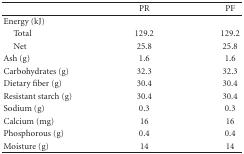
|  | PR | PF |
 | --- | --- | --- |
 | Energy (kJ) |  |  |
 | Total | 129.2 | 129.2 |
 | Net | 25.8 | 25.8 |
 | Ash (g) | 1.6 | 1.6 |
 | Carbohydrates (g) | 32.3 | 32.3 |
 | Dietary fiber (g) | 30.4 | 30.4 |
 | Resistant starch (g) | 30.4 | 30.4 |
 | Sodium (g) | 0.3 | 0.3 |
 | Calcium (mg) | 16 | 16 |
 | Phosphorous (g) | 0.4 | 0.4 |
 | Moisture (g) | 14 | 14 |